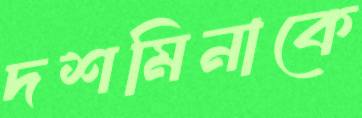
দশমিনাকে